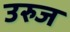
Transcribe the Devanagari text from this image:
उरुज